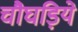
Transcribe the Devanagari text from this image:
चौघड़िये